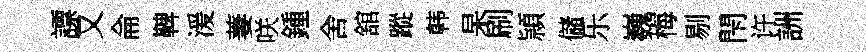
謤又侖鞞湲萋咲鍾舍舘蹤韩杲刷頴儲乐巍梅剔閇许詶